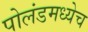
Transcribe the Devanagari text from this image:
पोलंडमध्येच